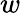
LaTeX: \textit{w}